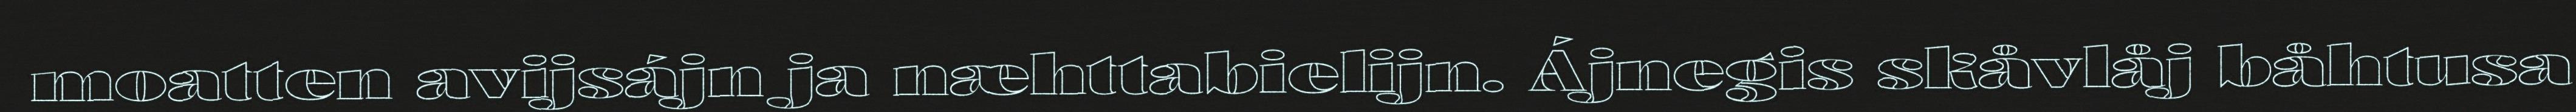
moatten avijsájn ja næhttabielijn. Ájnegis skåvlåj båhtusa